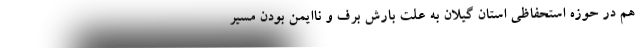
هم در حوزه استحفاظی استان گیلان به علت بارش برف و ناایمن بودن مسیر